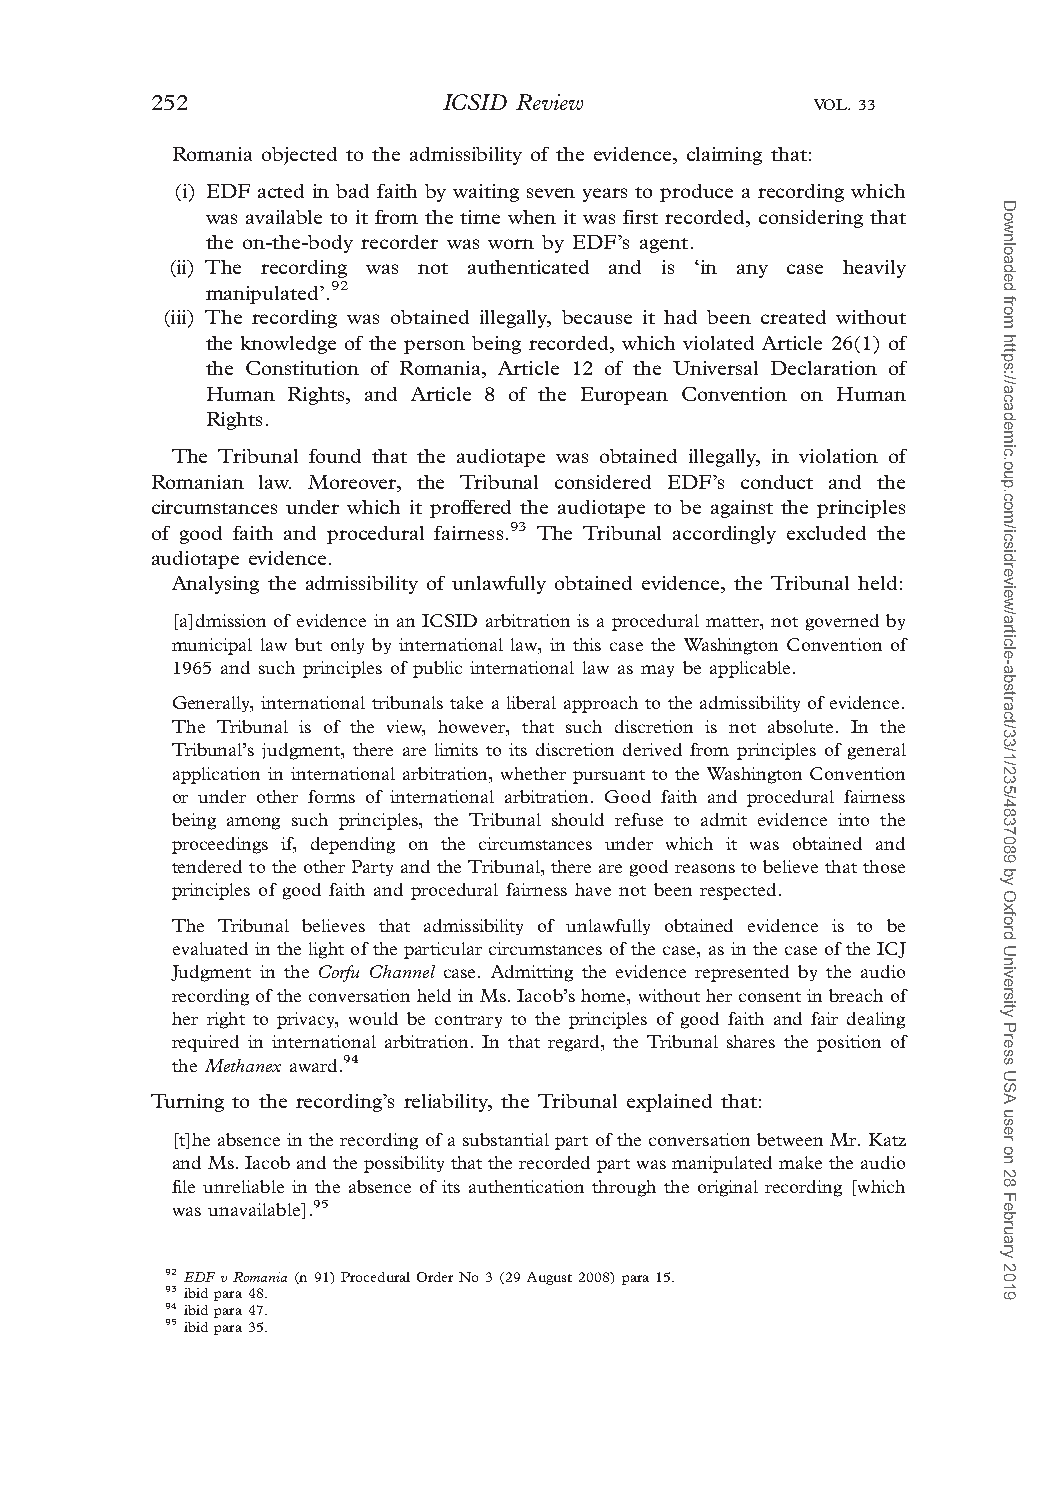
252                ICSID Review             VOL. 33
 Romania objected to the admissibility of the evidence, claiming that:
 (i) EDF acted in bad faith by waiting seven years to produce a recording which
 was available to it from the time when it was first recorded, considering that
 the on-the-body recorder was worn by EDF’s agent.
 (ii) The recording was not authenticated and is ‘in any case heavily
 manipulated’.92
 (iii) The recording was obtained illegally, because it had been created without
 the knowledge of the person being recorded, which violated Article 26(1) of
 the Constitution of Romania, Article 12 of the Universal Declaration of
 Human Rights, and Article 8 of the European Convention on Human
 Rights.
 The Tribunal found that the audiotape was obtained illegally, in violation of
 Romanian law. Moreover, the Tribunal considered EDF’s conduct and the
 circumstances under which it proffered the audiotape to be against the principles
 of good faith and procedural fairness.93 The Tribunal accordingly excluded the
 audiotape evidence.
 Analysing the admissibility of unlawfully obtained evidence, the Tribunal held:
 [a]dmission of evidence in an ICSID arbitration is a procedural matter, not governed by
 municipal law but only by international law, in this case the Washington Convention of
 1965 and such principles of public international law as may be applicable.
 Generally, international tribunals take a liberal approach to the admissibility of evidence.
 The Tribunal is of the view, however, that such discretion is not absolute. In the
 Tribunal’s judgment, there are limits to its discretion derived from principles of general
 application in international arbitration, whether pursuant to the Washington Convention
 or under other forms of international arbitration. Good faith and procedural fairness
 being among such principles, the Tribunal should refuse to admit evidence into the
 proceedings if, depending on the circumstances under which it was obtained and
 tenderedtotheotherPartyandtheTribunal,therearegoodreasonstobelievethatthose
 principles of good faith and procedural fairness have not been respected.
 The Tribunal believes that admissibility of unlawfully obtained evidence is to be
 evaluatedinthelightoftheparticularcircumstances ofthecase,asinthecaseoftheICJ
 Judgment in the Corfu Channel case. Admitting the evidence represented by the audio
 recordingoftheconversationheldinMs.Iacob’shome,withoutherconsentinbreachof
 her right to privacy, would be contrary to the principles of good faith and fair dealing
 required in international arbitration. In that regard, the Tribunal shares the position of
 the Methanex award.94
 Turning to the recording’s reliability, the Tribunal explained that:
 [t]heabsenceintherecording of asubstantial partoftheconversation betweenMr. Katz
 andMs.Iacobandthepossibilitythattherecordedpartwasmanipulatedmaketheaudio
 file unreliable in the absence of its authentication through the original recording [which
 was unavailable].95
 92 EDFvRomania(n91)ProceduralOrderNo3(29August2008)para15.
 93 ibidpara48.
 94 ibidpara47.
 95 ibidpara35.
 Downloaded
 from
 https://academic.oup.com/icsidreview/article-abstract/33/1/235/4837089
 by
 Oxford
 University
 Press
 USA
 user
 on
 28
 February
 2019